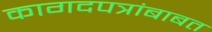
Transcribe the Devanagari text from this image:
कागदपत्रांबाबत